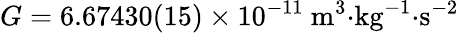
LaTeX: G=6.67430(15)\times 10^{-11}\mathrm{{\ m^{3}{\cdot}kg^{-1}{\cdot}s^{-2}}}